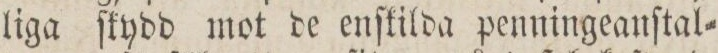
liga ſkydd mot de enſkilda penningeanſtal=